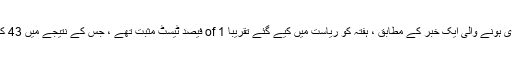
گورنمنٹ اینڈریو کوومو کے دفتر سے جاری ہونے والی ایک خبر کے مطابق ، ہفتہ کو ریاست میں کیے گئے تقریبا of 1 فیصد ٹیسٹ مثبت تھے ، جس کے نتیجے میں 43 کاؤنٹوں میں 616 نئے مقدمات سامنے آئے۔